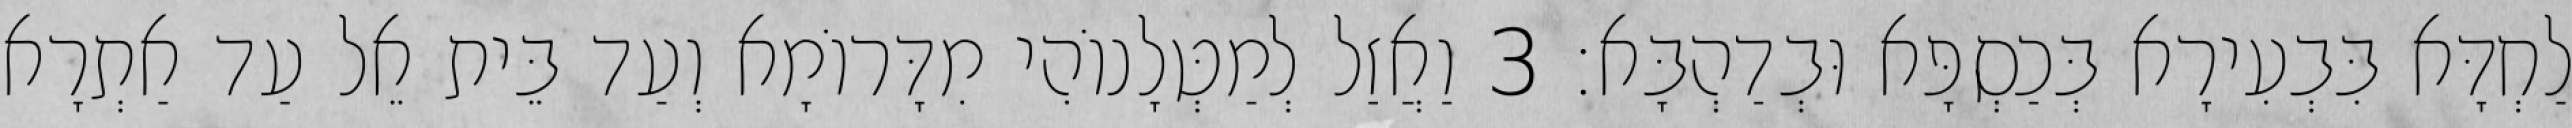
לַחְדָּא בִּבְעִירָא בְּכַסְפָּא וּבְדַהְבָּא׃ 3 וַאֲזַל לְמַטְּלָנוֹהִי מִדָּרוֹמָא וְעַד בֵּית אֵל עַד אַתְרָא